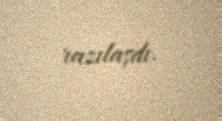
razılaşdı.